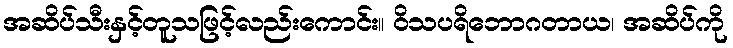
အဆိပ်သီးနှင့်တူသဖြင့်လည်းကောင်း။ ဝိသပရိဘောဂတာယ၊ အဆိပ်ကို